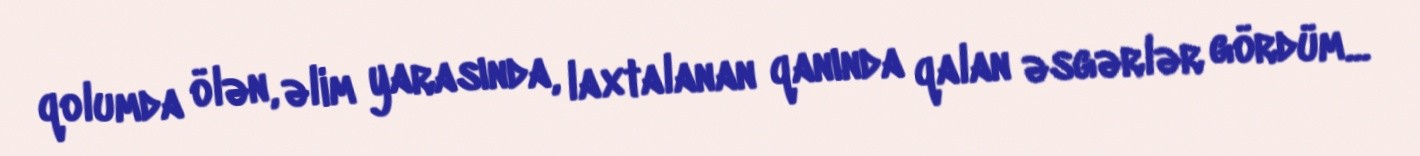
qolumda ölən, əlim yarasında, laxtalanan qanında qalan əsgərlər gördüm...